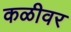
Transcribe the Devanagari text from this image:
कळीवर